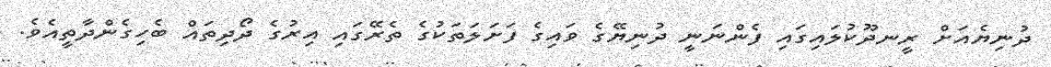
ދުނިޔެއަށް ރީނދޫކުލައިގައި ފެންނަނީ ދުނިޔޭގެ ވައިގެ ފަށަލަތަކުގެ ތެރޭގައި އިރުގެ ދޯދިތައް ބެހިގެންދާތީއެވެ.